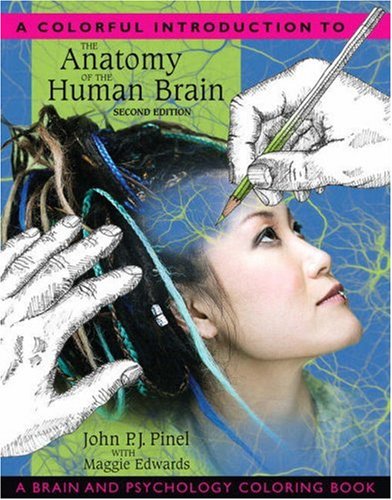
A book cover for A Colorful Introduction to the Anatomy of the Human Brain: A Brain and Psychology Coloring Book (2nd Edition); John P.J. Pinel; Medical Books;